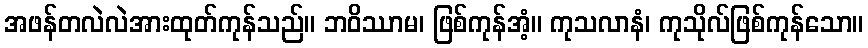
အဖန်တလဲလဲအားထုတ်ကုန်သည်။ ဘဝိဿာမ၊ ဖြစ်ကုန်အံ့။ ကုသလာနံ၊ ကုသိုလ်ဖြစ်ကုန်သော။